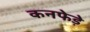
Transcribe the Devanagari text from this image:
कनफेड़े